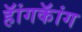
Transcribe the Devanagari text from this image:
हॅांगकॅांग